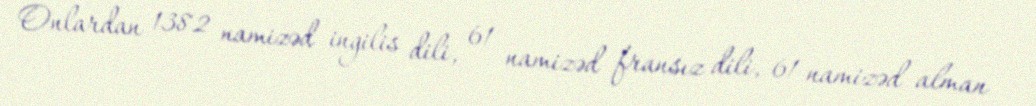
Onlardan 1382 namizəd ingilis dili, 61 namizəd fransız dili, 61 namizəd alman